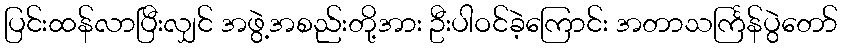
ပြင်းထန်လာပြီးလျှင် အဖွဲ့အစည်းတို့အား ဦးပါဝင်ခဲ့ကြောင်း အတာသင်္ကြန်ပွဲတော်